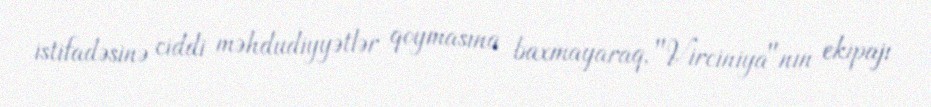
istifadəsinə ciddi məhdudiyyətlər qoymasına baxmayaraq, "Virciniya"nın ekipajı